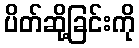
ပိတ်ဆို့ခြင်းကို